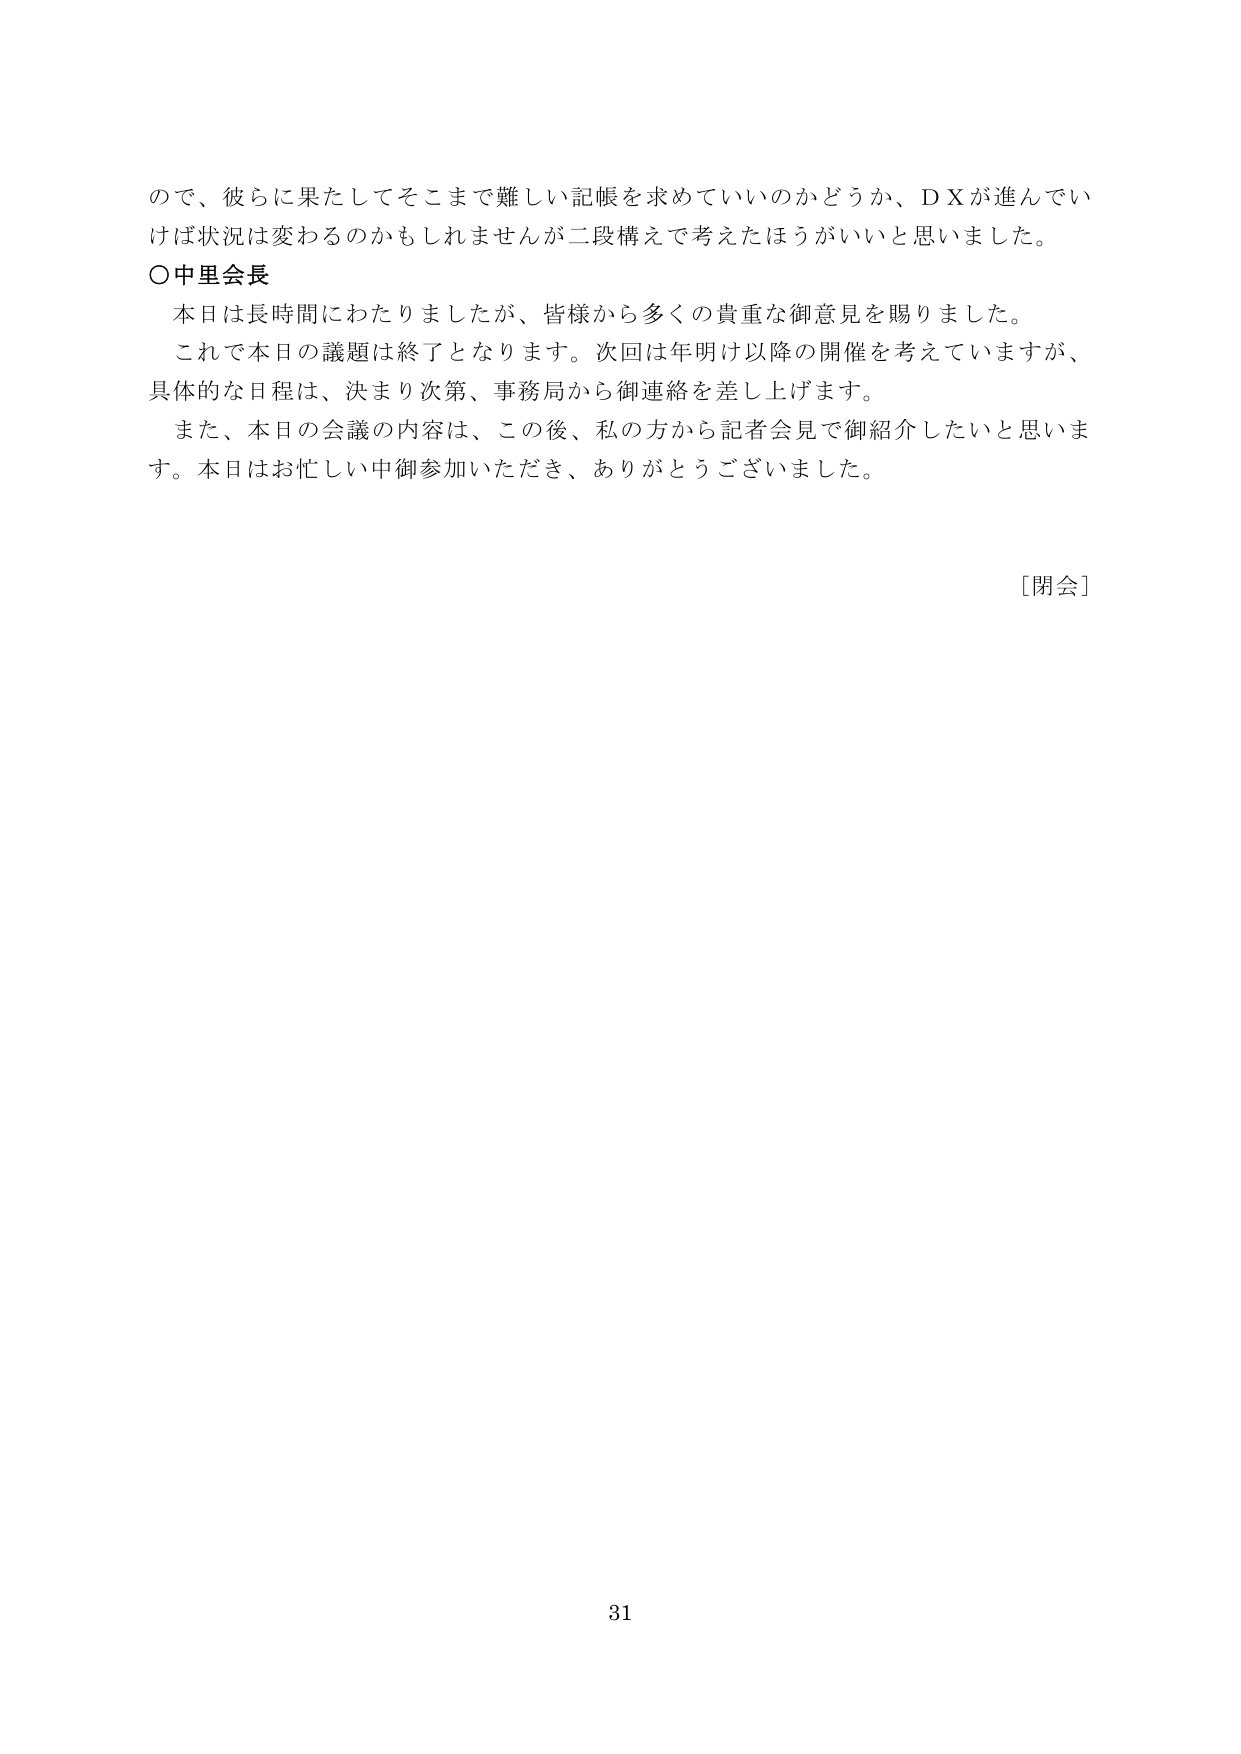
ので、彼らに果たしてそこまで難しい記帳を求めていいのかどうか、ＤＸが進んでい
けば状況は変わるのかもしれませんが二段構えで考えたほうがいいと思いました。
〇中里会長
本日は長時間にわたりましたが、皆様から多くの貴重な御意見を賜りました。
これで本日の議題は終了となります。次回は年明け以降の開催を考えていますが、
具体的な日程は、決まり次第、事務局から御連絡を差し上げます。
また、本日の会議の内容は、この後、私の方から記者会見で御紹介したいと思いま
す。本日はお忙しい中御参加いただき、ありがとうございました。

［閉会］

31